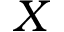
X